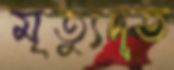
মৃত্যুদূত